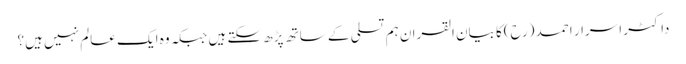
داکٹر اسرار احمد (رح)کا بیان القران ہم تسلی کے ساتھ پڑھ سکتے ہیں جبکہ وہ ایک عالم نہیں ہیں؟